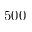
5 0 0